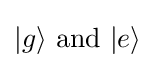
|g\rangle {\text{ and }}|e\rangle